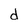
Character: d